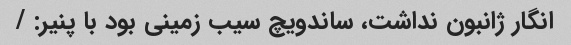
انگار ژانبون نداشت، ساندویچ سیب زمینی بود با پنیر: /